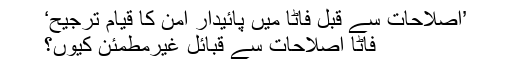
’اصلاحات سے قبل فاٹا میں پائیدار امن کا قیام ترجیح‘
فاٹا اصلاحات سے قبائل غیرمطمئن کیوں؟